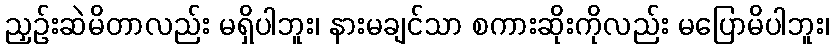
ညှဉ်းဆဲမိတာလည်း မရှိပါဘူး၊ နားမချင်သာ စကားဆိုးကိုလည်း မပြောမိပါဘူး၊